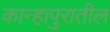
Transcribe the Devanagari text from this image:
कान्हापुरातील